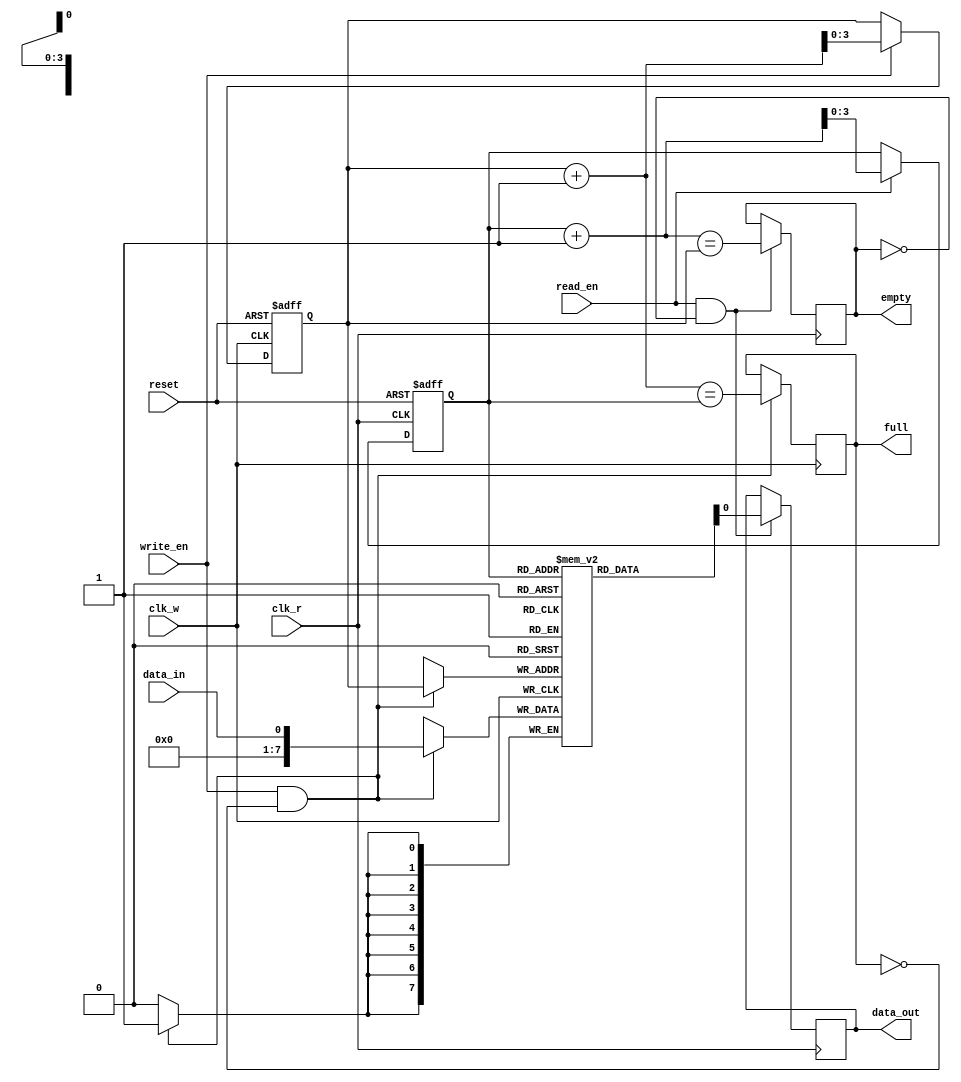
module AsyncFIFO (
    input wire clk_w,
    input wire clk_r,
    input wire reset,
    input wire write_en,
    input wire read_en,
    input wire data_in,
    output reg data_out,
    output reg full,
    output reg empty
);

parameter DEPTH = 16;
reg [7:0] mem [0:DEPTH-1];
reg [3:0] write_ptr;
reg [3:0] read_ptr;

always @(posedge clk_w or posedge reset) begin
    if (reset)
        write_ptr <= 4'b0000;
    else if (write_en)
        write_ptr <= write_ptr + 1;
end

always @(posedge clk_r or posedge reset) begin
    if (reset)
        read_ptr <= 4'b0000;
    else if (read_en)
        read_ptr <= read_ptr + 1;
end

always @(posedge clk_w) begin
    if (write_en && !full) begin
        mem[write_ptr] <= data_in;
        full <= (write_ptr + 1 == read_ptr);
    end
end

always @(posedge clk_r) begin
    if (read_en && !empty) begin
        data_out <= mem[read_ptr];
        empty <= (read_ptr + 1 == write_ptr);
    end
end

endmodule